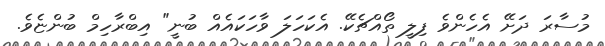
މުސާރަ ދަށޭ އެހެންވެ ފިލީ ތޯއްޗެކޭ. އެކަހަލަ ވާހަކައެއް ބުނީ" އިބްރާހިމް ބުންޏެވެ.